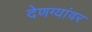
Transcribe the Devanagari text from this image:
देणग्यांवर